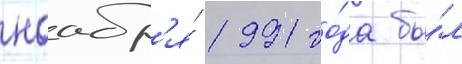
ноабр'я́ 1991 го́да бы́л